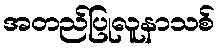
အတည်ပြုလူနာသစ်